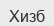
Хизб